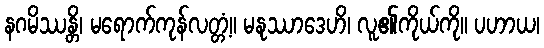
နဂမိဿန္တိ၊ မရောက်ကုန်လတ္တံ့။ မနုဿာဒေဟိ၊ လူ၏ကိုယ်ကို။ ပဟာယ၊